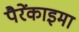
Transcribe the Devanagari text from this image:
पैरेंकाइमा